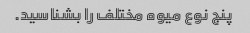
پنج نوع میوه مختلف را بشناسید.